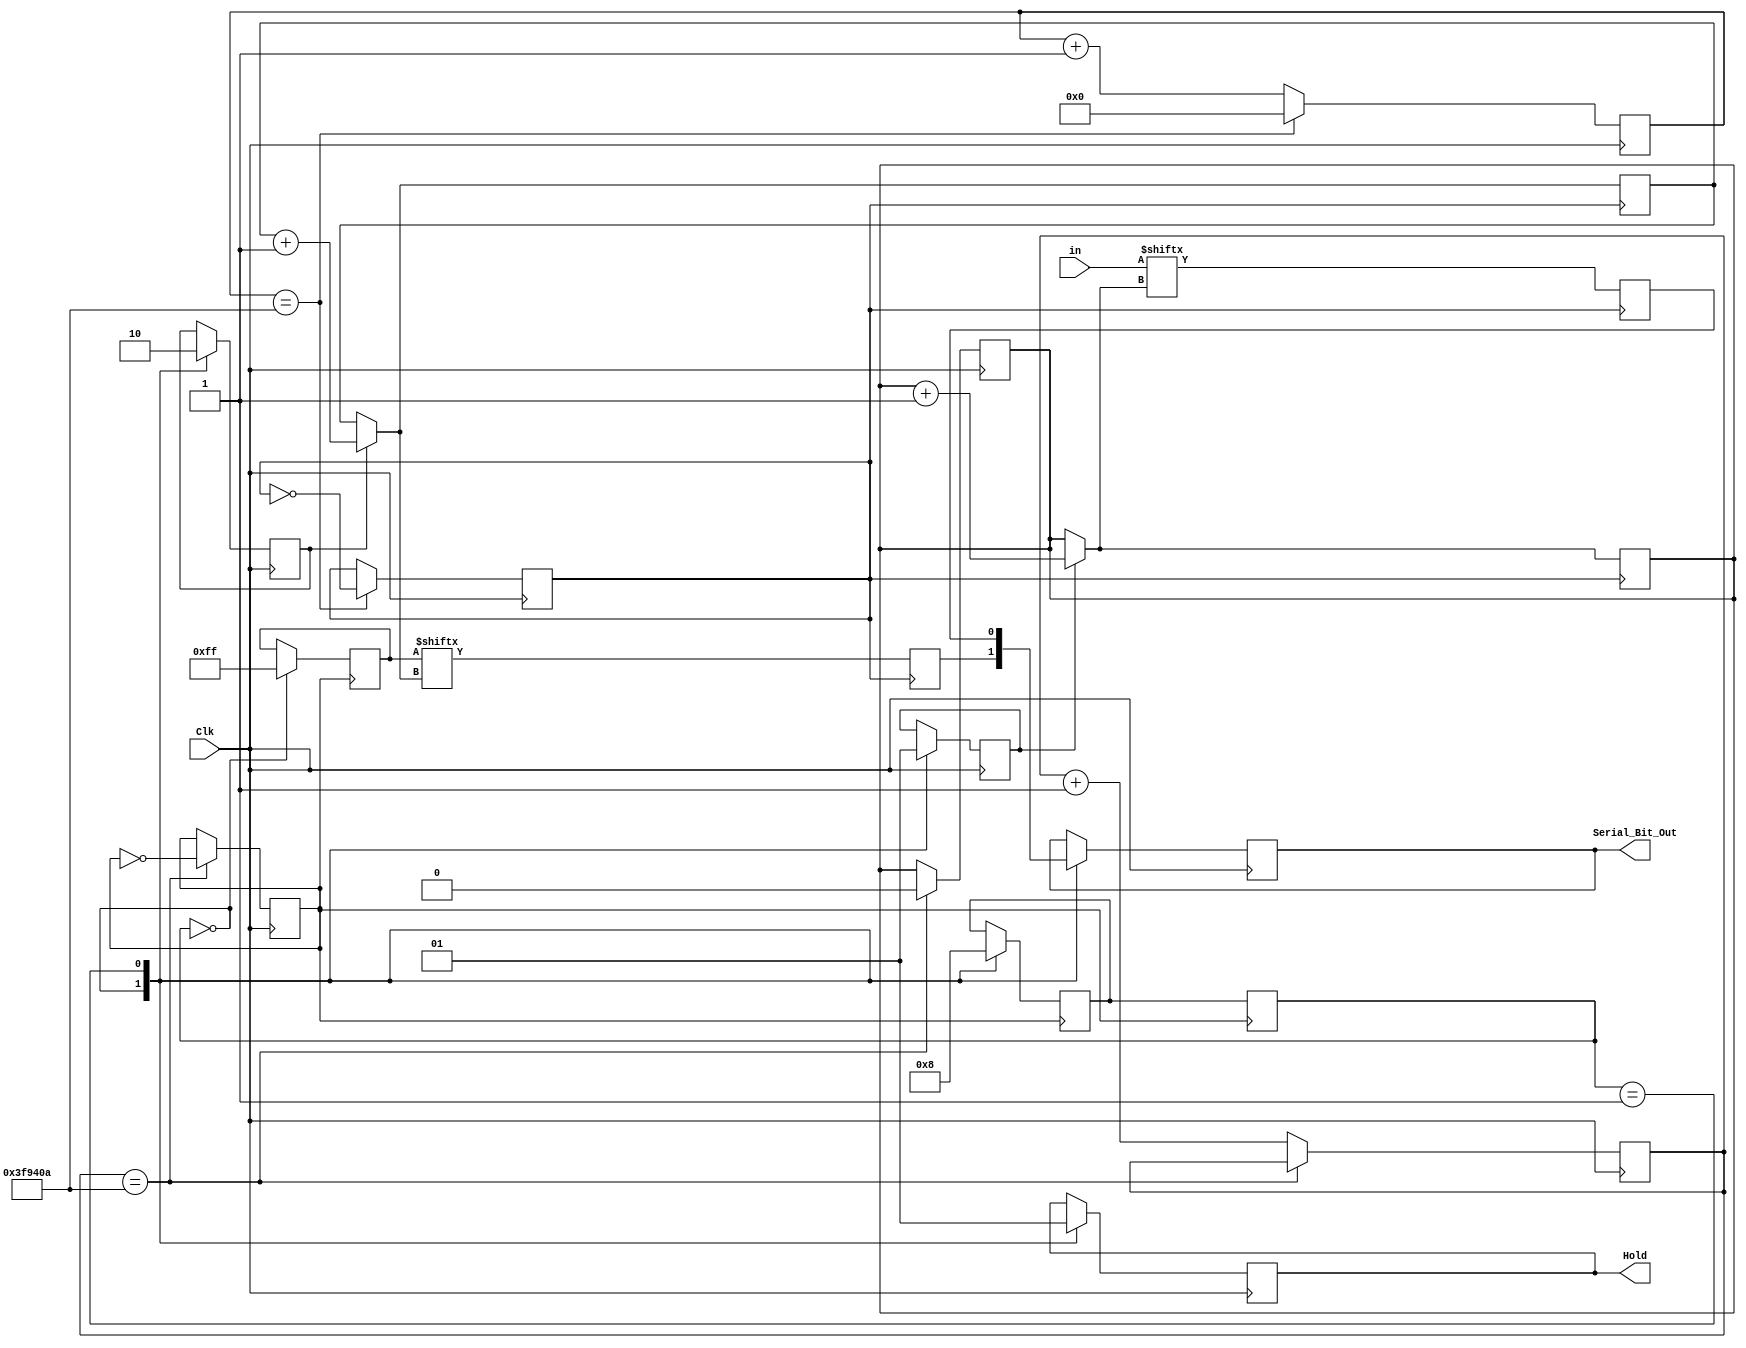
module Emisor(
	input Clk,
	input [7:0] in,
	output reg Hold=0,
   output reg Serial_Bit_Out=0
	);
	
	 reg ClkB=0;
	 reg [31:0] z=0; 
	always @(posedge Clk) begin				//divisor de frecuencia lectura de ADC
		if (z==4166666) begin 	z=0;	ClkB=~ClkB;		end		// i==3571428 para 14 Hz OK
		else z=z+1;
	end

	 reg Clk8=0;
	 reg [31:0] y=0; 
	always @(posedge Clk) begin				//divisor de frecuencia para cada 8 clocks  de lectura
		if (y==4166666) begin 	i=0;	Clk8=~Clk8;		end		// i==3571428 para 14 Hz OK
		else y=y+1;
	end
		
	
	 reg i=0;
	 reg Start_Read_in=0;
	 reg Serial_Bit_in=0;
	always @(posedge ClkB) begin				//lectura de ADC 
		if (En_Read_in==1) begin
			if (i==0) Start_read_in=1;
			if (i==1) Start_read_in=0;
			if (i==7) i=0;
			else i=i+1;
		end
		Serial_Bit_in= in[i];
	end
	 
	 
	 reg [7:0] Dato=0;
	 reg j=0;
	 reg Start_Read_Dato=0;
	 reg Serial_Bit_Dato=0;
	always @(posedge ClkB) begin				//lectura de dato; interno para comunicacion
		if (En_Read_Dato==1) begin	
			if (i==0) Start_read_Dato=1;
			if (i==1) Start_read_Dato=0;
			if (i==7) j=0;
			else j=j+1;
		end		
		Serial_Bit_Dato= Dato[j];
	end
	
	 reg [2:0] estado=0;
	 reg [2:0] nestado=0;
	always @(posedge Clk8)begin				//logica del estado siguiente; se lee en base a 8 clks
		case (estado)
		0: begin Dato=255; nestado=1; end
		1: begin nestado=0; end
		//2:
		//3:
		//4:
		//5:
		//6:
		//7:
		//default:
		endcase
	end

	 reg En_Read_Dato=0;
	 reg En_Read_in=0; 
	always @(posedge Clk)begin			//definicion de estados
		case (estado)
		0: begin Hold=0; En_Read_Dato=1; En_Read_in=0; Serial_Bit_Out=Serial_Bit_Dato; end
		1: begin Hold=1; En_Read_Dato=0; En_Read_in=1; Serial_Bit_Out=Serial_Bit_in; end
		//2: begin Hold=; En_Read_Dato=; En_Read_in=; Serial_Bit_Out=; end
		//3: begin Hold=; En_Read_Dato=; En_Read_in=; Serial_Bit_Out=; end
		//4: begin Hold=; En_Read_Dato=; En_Read_in=; Serial_Bit_Out=; end
		//5: begin Hold=; En_Read_Dato=; En_Read_in=; Serial_Bit_Out=; end
		//6: begin Hold=; En_Read_Dato=; En_Read_in=; Serial_Bit_Out=; end
		//7: begin Hold=; En_Read_Dato=; En_Read_in=; Serial_Bit_Out=; end
		//default:
		endcase
	end
	
	always @(posedge Clk8) begin		//actualizacion de estados
		estado=nestado;
	end
	
endmodule